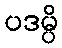
ပဒမ္ပိ